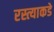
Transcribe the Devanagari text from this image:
रस्त्याकडे